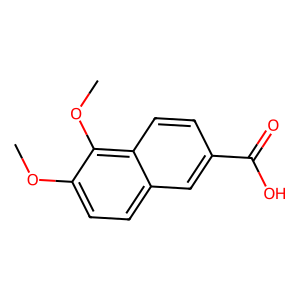
SMILES: COc1ccc2cc(C(=O)O)ccc2c1OC
Inhibits HIV replication: No